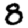
Digit: 8